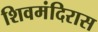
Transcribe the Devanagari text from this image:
शिवमंदिरास